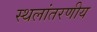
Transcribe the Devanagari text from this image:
स्थलांतरणीय